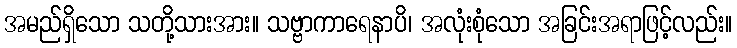
အမည်ရှိသော သတို့သားအား။ သဗ္ဗာကာရေနာပိ၊ အလုံးစုံသော အခြင်းအရာဖြင့်လည်း။